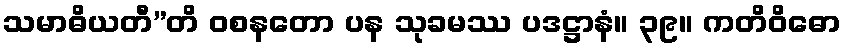
သမာဓိယတီ”တိ ဝစနတော ပန သုခမဿ ပဒဋ္ဌာနံ။ ၃၉။ ကတိဝိဓော